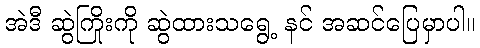
အဲဒီ ဆွဲကြိုးကို ဆွဲထားသရွေ့ နင် အဆင်ပြေမှာပါ။